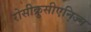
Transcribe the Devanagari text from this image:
रोसीक्रुसीएनिज्म